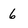
Character: 6